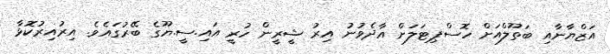
އަޒްޔާނާއި ބަތޫލްއަށް ހޮސްޕިޓަލަށް އާދެވުނު އިރު ޝީރީން ހުރީ އައި.ސީ.ޔޫގެ ބޭރުގައެވެ. އިރުއިރުކޮޅާ